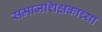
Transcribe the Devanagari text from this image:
समाजशिक्षकाच्या